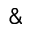
\&